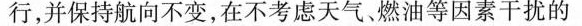
行，并保持航向不变，在不考虑天气燃油等因素干扰的